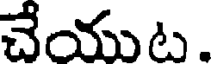
చేయుట .